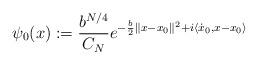
LaTeX: \begin{align*} \psi_0(x):=\frac{b^{N/4}}{C_N} e^{-\frac{b}{2} \|x-x_0\|^2 + i \langle \dot{x}_0 , x-x_0 \rangle}\end{align*}